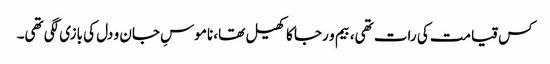
کس قیامت کی رات تھی، بیم و رجا کا کھیل تھا، ناموسِ جان و دل کی بازی لگی تھی۔